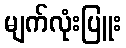
မျက်လုံးပြူး